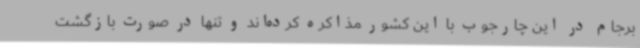
برجام در این چارجوب با این کشور مذاکره کرده‌اند و تنها در صورت بازگشت